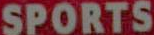
SPORTS